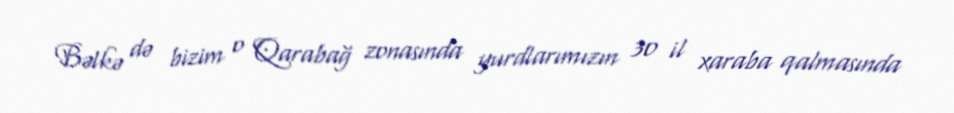
Bəlkə də bizim o Qarabağ zonasında yurdlarımızın 30 il xaraba qalmasında